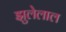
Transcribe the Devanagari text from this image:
झुलेलाल